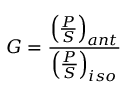
G = { \frac { \left( { \frac { P } { S } } \right) _ { a n t } } { \left( { \frac { P } { S } } \right) _ { i s o } } } \,